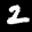
Label: 2